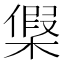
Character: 𣘟